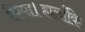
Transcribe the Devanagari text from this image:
लिया।हालाँकि